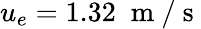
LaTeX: u_{e}=1.32\; \mathrm{~m~/~s~}